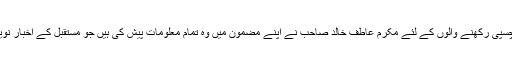
چنانچہ صحافت میں دلچسپی رکھنے والوں کے لئے مکرم عاطف خالد صاحب نے اپنے مضمون میں وہ تمام معلومات پیش کی ہیں جو مستقبل کے اخبار نویسوں کے لئے مفید ہیں۔